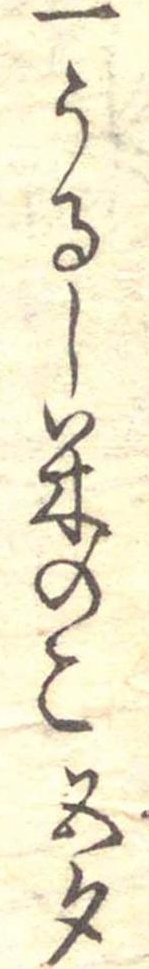
一うるし米のこ五勺